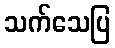
သက်သေပြ